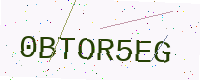
Text: 0BTOR5EG